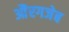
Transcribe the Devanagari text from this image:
औंरगजेब